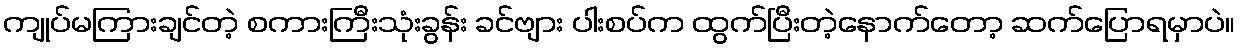
ကျုပ်မကြားချင်တဲ့ စကားကြီးသုံးခွန်း ခင်ဗျား ပါးစပ်က ထွက်ပြီးတဲ့နောက်တော့ ဆက်ပြောရမှာပဲ။